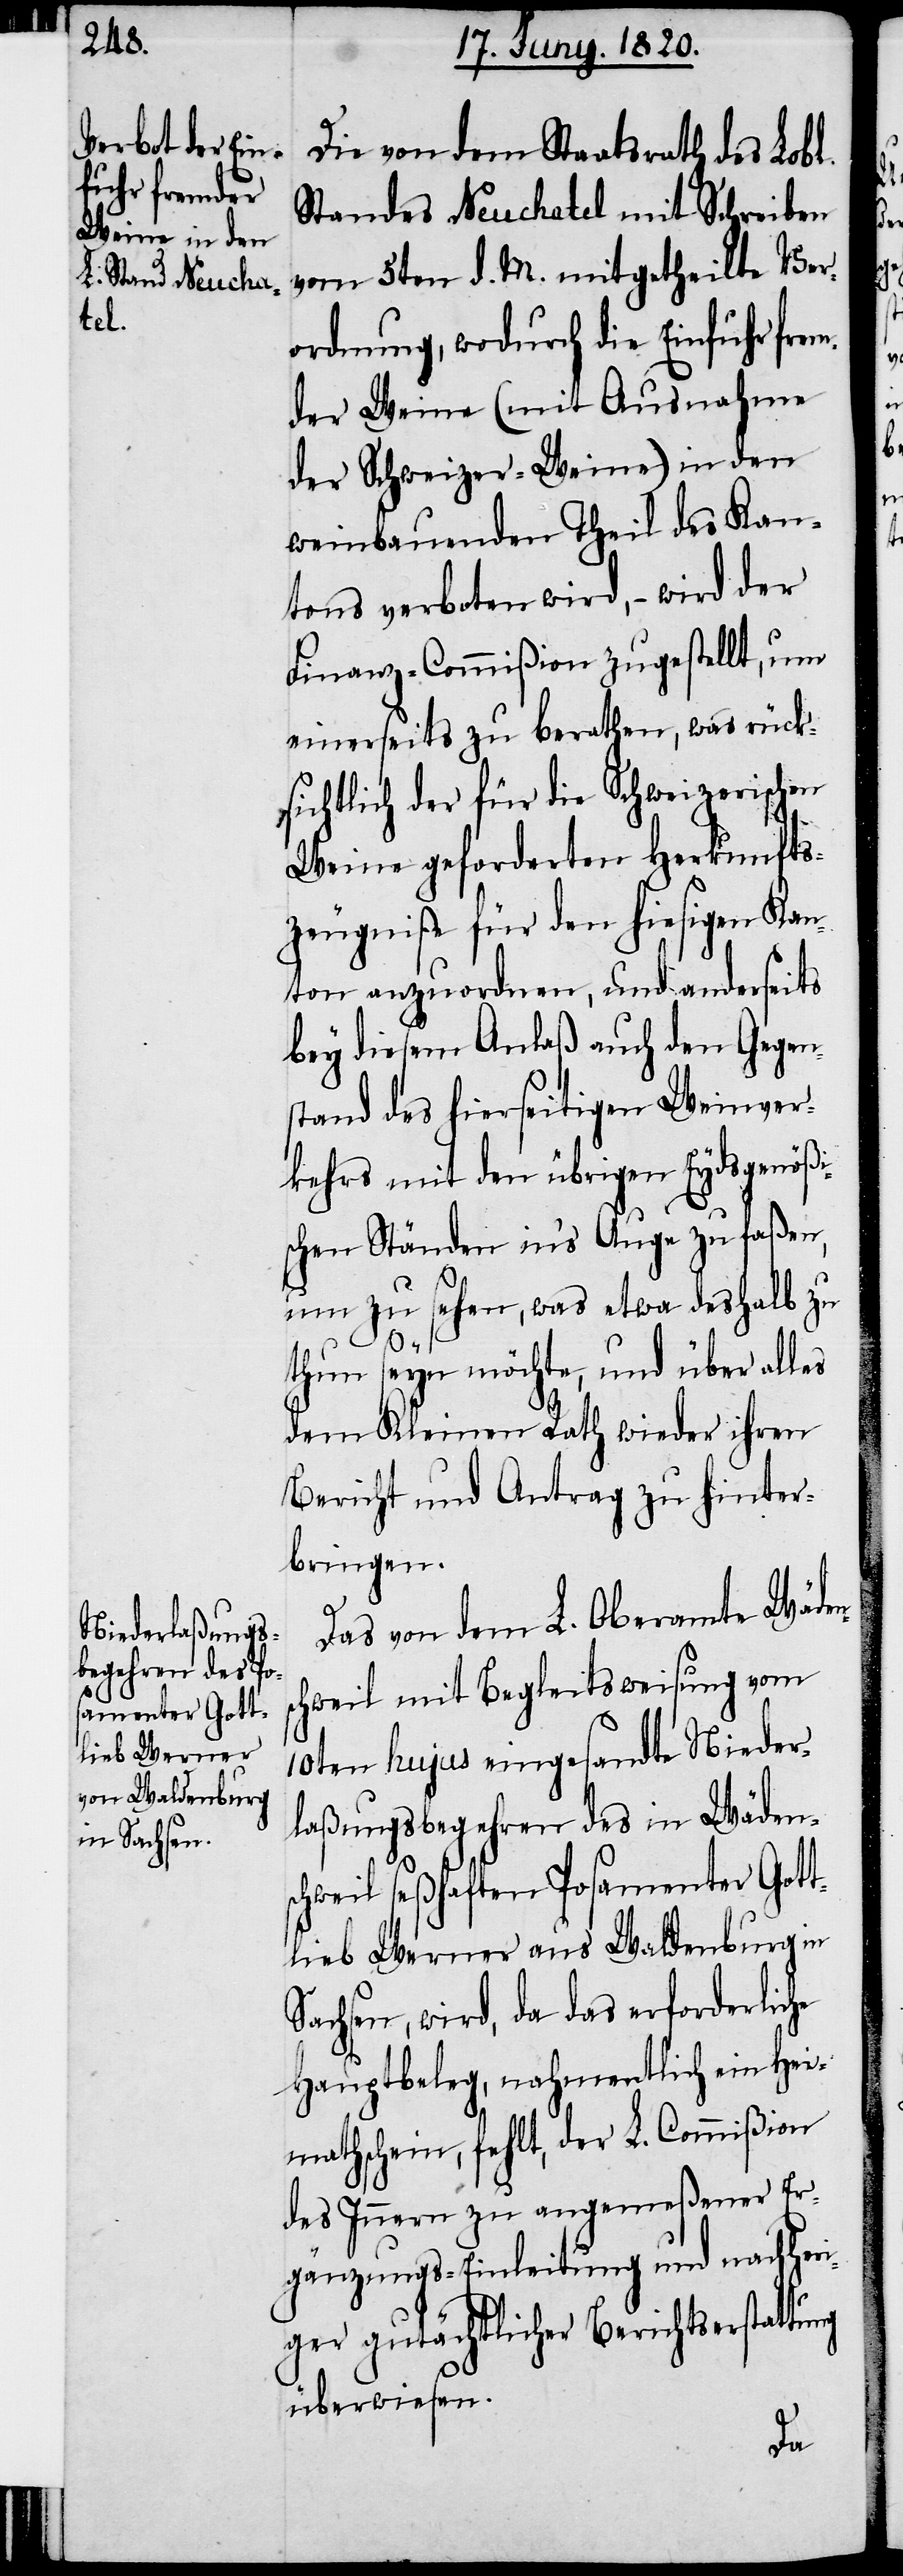
Die von dem Staatsrath des Lobl.
Standes Neuchatel mit Schreiben
vom 5ten d. M. mitgetheilte Ver¬
ordnung, wodurch die Einfuhr frem¬
der Weine (mit Ausnahme
der Schweizer-Weine) in den
weinbauenden Theil des Kan¬
tons verboten wird, – wird der
Finanz-Commiβion zugestellt, um
einerseits zu berathen, was rück¬
sichtlich der für die Schweizerischen
Weine geforderten Herkunfts-Z¬
eugniße für den hiesigen Ka¬
nton anzuordnen, und anderseits
bey diesem Anlaß auch den Gegen¬
stand des hierseitigen Weinver¬
kehrs mit den übrigen Eydsgenößi¬
schen Ständen in’s Auge zu faßen,
um zu sehen, was etwa deshalb zu
thun seyn möchte, und über alles
dem Kleinen Rath wieder ihren
Bericht und Antrag zu hinter¬
bringen.
Das von dem L. Oberamte Wäde¬
chweil mit Begleitsweisung vom
10ten hujus eingesandte Nieder¬
laßungsbegehren des in Wädens¬
chweil seßhaften Posamenter Gott¬
lieb Werner aus Waldenburg in
Sachsen, wird, da das erforderliche
Hauptbeleg, nahmentlich ein Hei¬
mathschein, fehlt, der L. Commiβion
des Innern zu angemeßener Er¬
gänzungs-Einleitung und nachheri¬
ger gutächtlicher Berichtserstattung
überwiesen.

ns¬